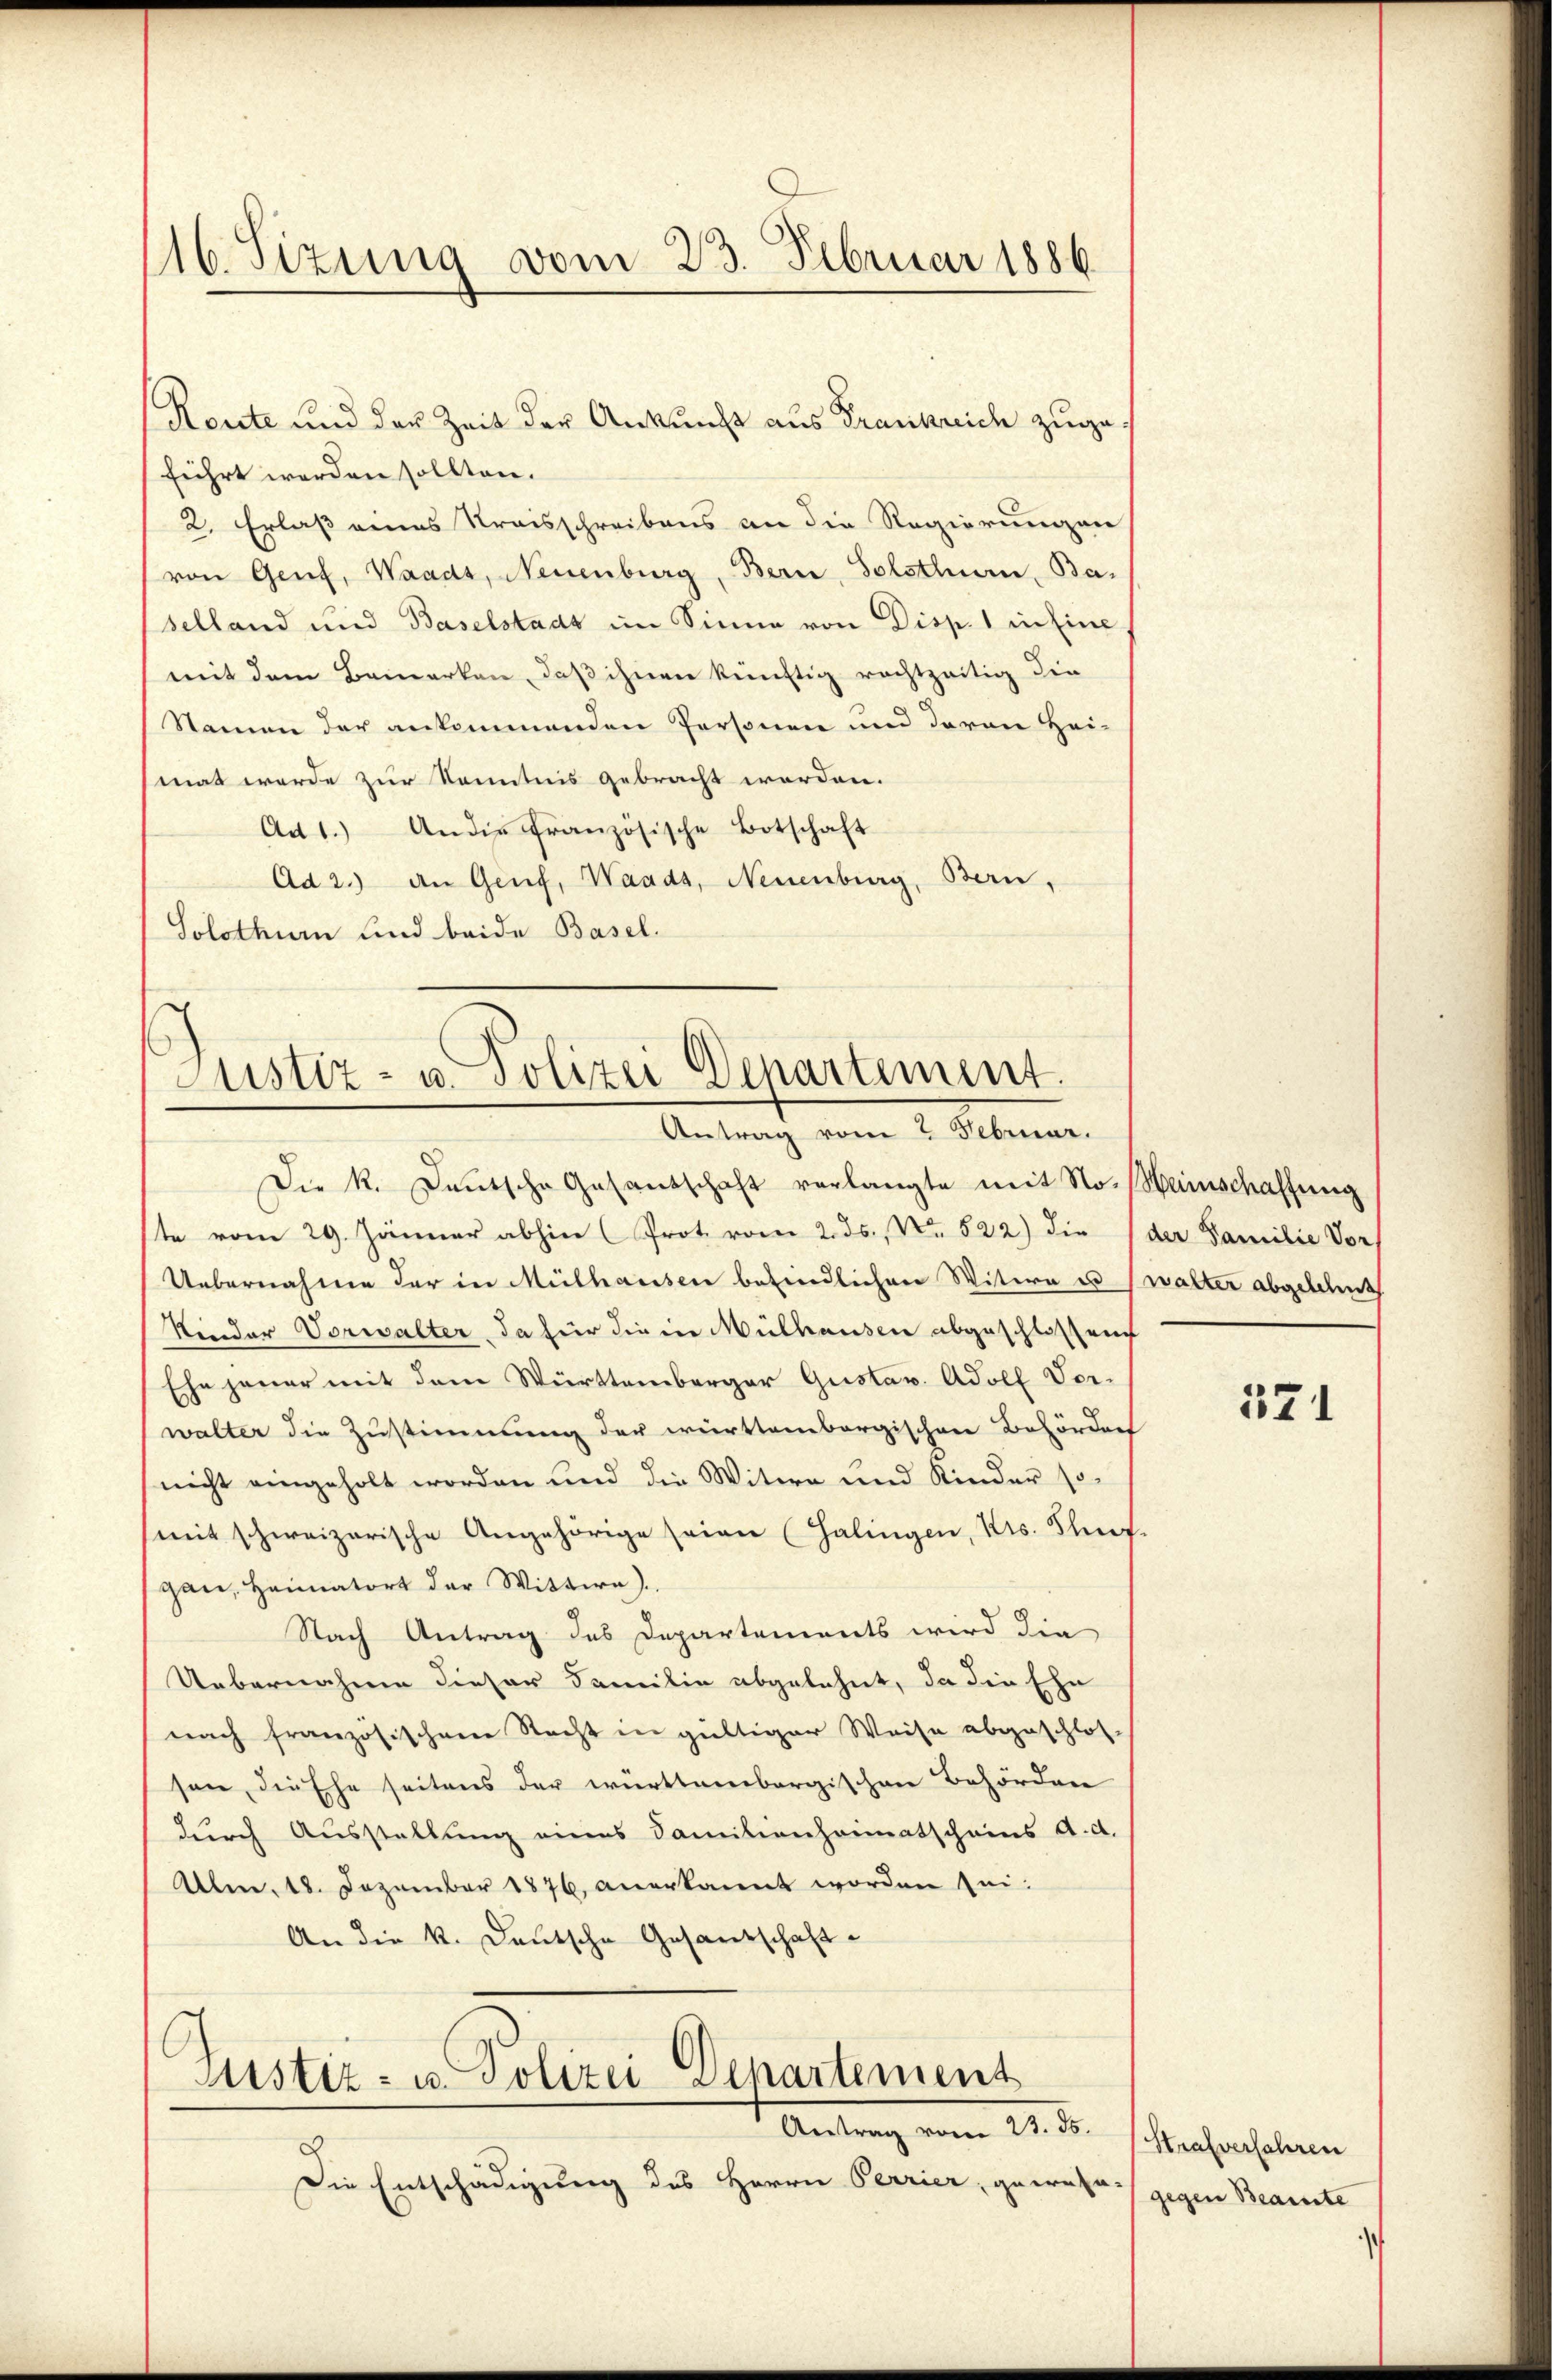
116. Sizung vom 23. Februar 1886.

Route und der Zeit der Ankunft aus Frankreich zugeführt werden sollten.
2. Erlaß eines Kreisschreibens an die Regierungen
von Genf, Waadt, Neuenburg, Bern, Solothurn, Ba-
selland und Baselstadt im Sinne von Disp. 1 in Eine
mit dem Bemerken, daß ihnen künftig rechtzeitig die
Namen der ankommenden Personen und davon Hei-
mat werde zur Kenntnis gebracht worden.
Ad 1.) An die französische Botschaft
Ad 2.) an Genf, Waadt, Neuenburg, Bern,
Solothurn und beide Basel.
Die R. Deutsche Gesantschaft verlangte mit No-Hainschaffung
te vom 29. Jänner abhin (Prot. vom 2. ds., Nr. 522) die (der Familie Vors
Uebernahme der in Mülhausen befindlichen Witern es walter abgelehnt
Kinder Vorwalter, da für die in Mülhausen abgeschlossen
Ehe jener mit dem Württemberger Gustav Adolf Vorwalter die Zustimmung der württembergischen Behörders
(nicht eingeholt worden und die Witwe und Kinder so¬
(mit schweizerische Angehörige seien (Halingen, Kts. Thurg
gan, Heimatort der Wittwe.
Nach Antrag des Departements wird die
Uebernahme dieser Familie abgelehnt, da die Ehe
nach französischen Nacht in gültiger Weise abgeschlos-
sen, die Ehe seitens der württembergischen Behörden
durch Ausstellung eines Familienheimatscheins A. d.
Alm. 18. Dezember 1876, anerkannt worden sei.
An die k. Deutsche Gesandschaft

Justiz- u. Polizei Departement.
Antrag vom 2. Februar.

Die Entschädigung des Herrn Perrier, gewese-

Justiz- u. Polizei Departement
Antrag vom 23. ds.

371

Strafverfahren
gegen Beamte